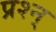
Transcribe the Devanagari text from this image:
प्रश्न्